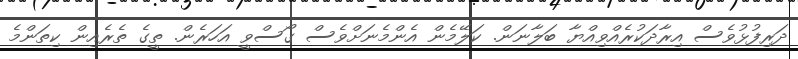
ދަރިފުޅުވެސް އިރާދަކުރެއްވިއްޔާ ބަލާނަން. ކަލޭމެން އެންމެނަށްވެސް ގޯސްވީ އަހަރެން. ތީގެ ތެރެއިން ކިތަންމެ